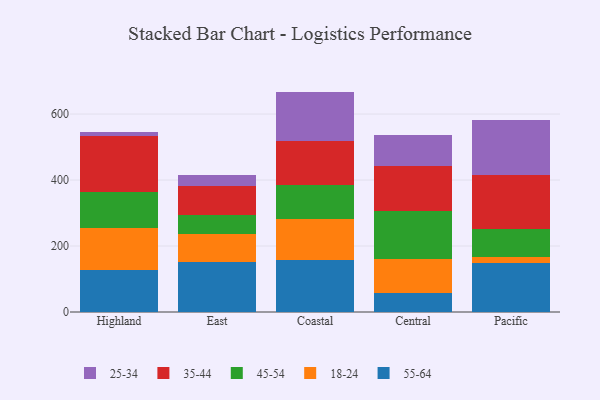
{"axis": {"x": "Region", "y": "Tickets Resolved"}, "legend": ["18-24", "25-34", "35-44", "45-54", "55-64"], "data": [{"x": "Highland", "y": 128.2, "type": "55-64"}, {"x": "Highland", "y": 126.2, "type": "18-24"}, {"x": "Highland", "y": 110.6, "type": "45-54"}, {"x": "Highland", "y": 169.6, "type": "35-44"}, {"x": "Highland", "y": 9.8, "type": "25-34"}, {"x": "East", "y": 151.4, "type": "55-64"}, {"x": "East", "y": 86.5, "type": "18-24"}, {"x": "East", "y": 57.1, "type": "45-54"}, {"x": "East", "y": 86.6, "type": "35-44"}, {"x": "East", "y": 32.5, "type": "25-34"}, {"x": "Coastal", "y": 157.5, "type": "55-64"}, {"x": "Coastal", "y": 124.9, "type": "18-24"}, {"x": "Coastal", "y": 103.3, "type": "45-54"}, {"x": "Coastal", "y": 132.4, "type": "35-44"}, {"x": "Coastal", "y": 150.0, "type": "25-34"}, {"x": "Central", "y": 57.0, "type": "55-64"}, {"x": "Central", "y": 104.5, "type": "18-24"}, {"x": "Central", "y": 144.8, "type": "45-54"}, {"x": "Central", "y": 135.8, "type": "35-44"}, {"x": "Central", "y": 94.9, "type": "25-34"}, {"x": "Pacific", "y": 148.3, "type": "55-64"}, {"x": "Pacific", "y": 18.6, "type": "18-24"}, {"x": "Pacific", "y": 85.6, "type": "45-54"}, {"x": "Pacific", "y": 163.5, "type": "35-44"}, {"x": "Pacific", "y": 167.5, "type": "25-34"}]}